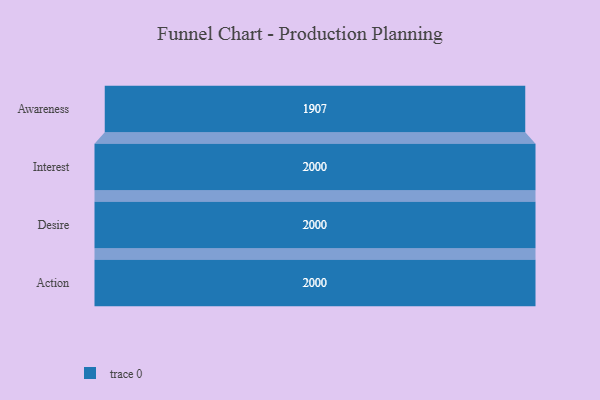
{"axis": {"x": "Stage", "y": "Value"}, "legend": [""], "data": [{"x": "Awareness", "y": 1907.0, "type": ""}, {"x": "Interest", "y": 2000, "type": ""}, {"x": "Desire", "y": 2000, "type": ""}, {"x": "Action", "y": 2000, "type": ""}]}